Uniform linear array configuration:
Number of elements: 64
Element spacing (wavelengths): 0.25
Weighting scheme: kaiser
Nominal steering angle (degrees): -15
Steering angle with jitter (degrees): -16.517
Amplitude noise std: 0.05
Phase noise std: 0.05

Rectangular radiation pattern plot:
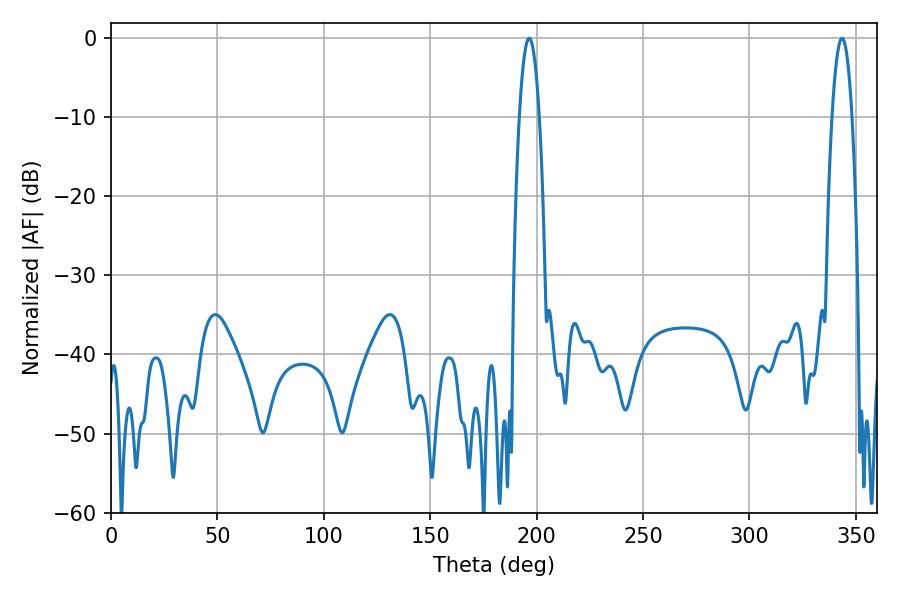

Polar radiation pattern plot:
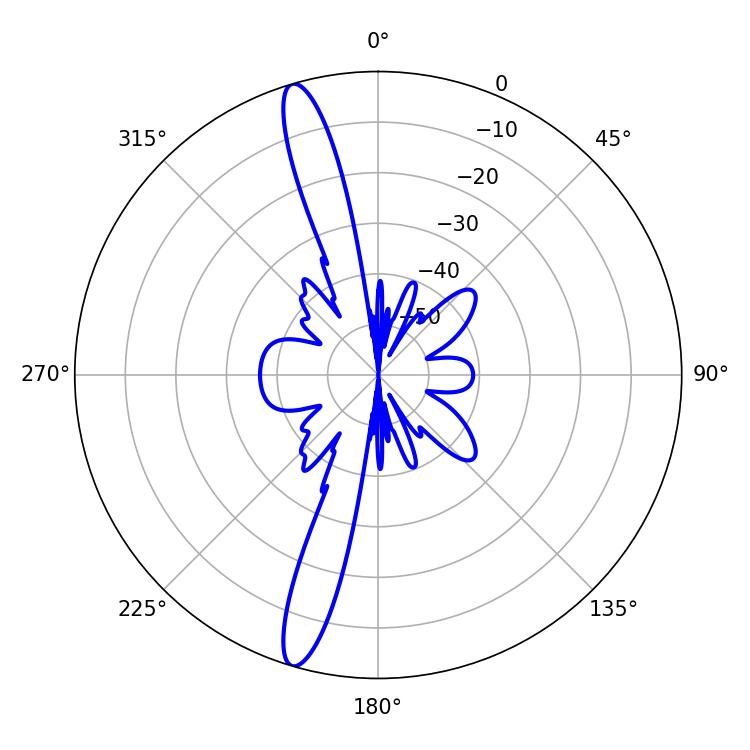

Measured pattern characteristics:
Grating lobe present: FALSE
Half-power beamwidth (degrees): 5.22
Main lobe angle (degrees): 196.56